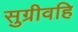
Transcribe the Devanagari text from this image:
सुग्रीवहि